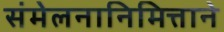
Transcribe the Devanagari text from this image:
संमेलनानिमित्ताने